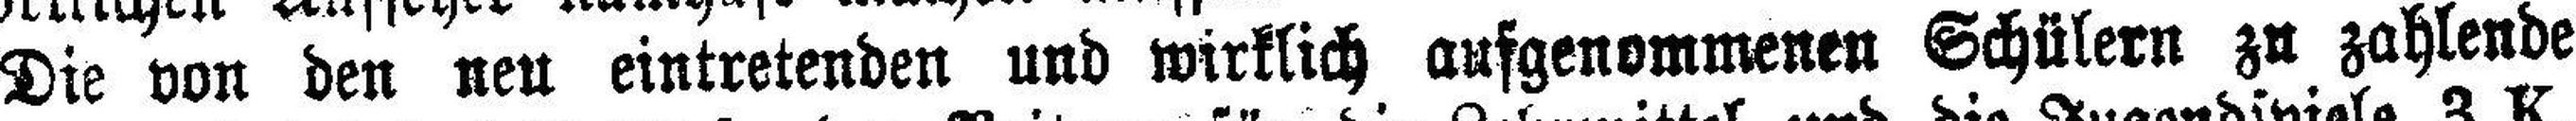
Die von den neu eintretenden und wirklich aufgenommenen Schülern zu zahlende